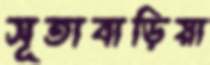
সূতাবাড়িয়া